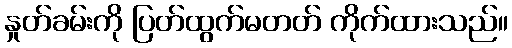
နှုတ်ခမ်းကို ပြတ်ထွက်မတတ် ကိုက်ထားသည်။